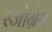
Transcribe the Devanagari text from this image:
स्जोग्रेन